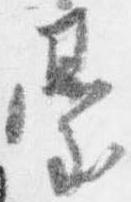
台